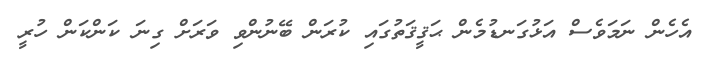
އެހެން ނަމަވެސް އަޅުގަނޑުމެން ޙަޤީޤަތުގައި ކުރަން ބޭނުންވި ވަރަށް ގިނަ ކަންކަން ހުރީ